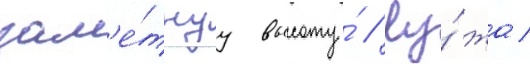
зам'е́тнуу высоту́ // Лу́жа